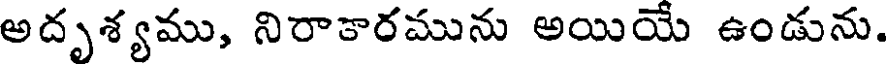
అదృశ్యము, నిరాకారమును అయియే ఉండును.